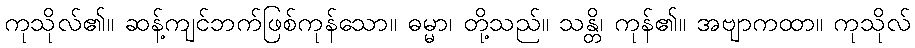
ကုသိုလ်၏။ ဆန့်ကျင်ဘက်ဖြစ်ကုန်သော။ ဓမ္မာ၊ တို့သည်။ သန္တိ၊ ကုန်၏။ အဗျာကထာ။ ကုသိုလ်